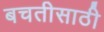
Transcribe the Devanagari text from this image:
बचतीसाठी